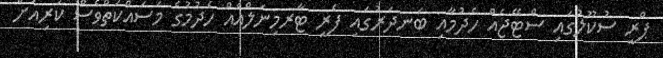
ޕްރީ ސުކޫލުގައި ސްޓޭޖެއް ހެދުމާއި ބަނދަރުގައި ފެރީ ޓާރމިނަލްއެއް ހެދުމުގެ މަސައްކަތްވެސް ކުރިއަށް